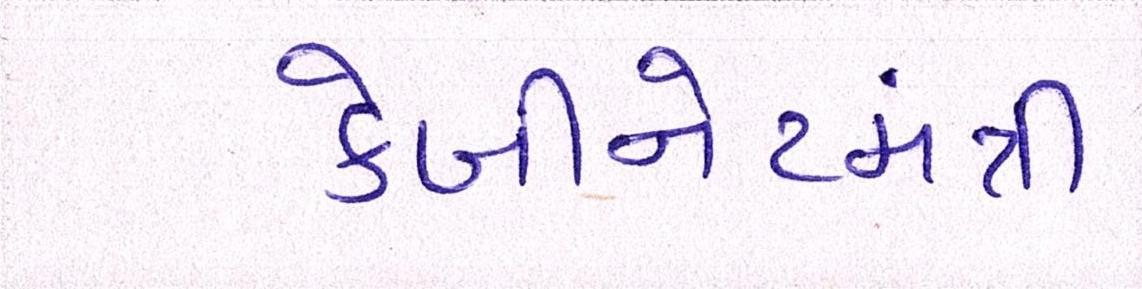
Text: કેબીનેટમંત્રી